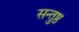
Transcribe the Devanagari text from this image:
सन्तुष्ठ